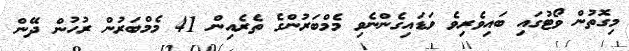
މިގޮތުން ވޯޓުގައި ބައިވެރިވެ ވަޑައިގެންނެވި މެމްބަރުންގެ ތެރެއިން 41 މެމްބަރުން ރުހުން ދޭން